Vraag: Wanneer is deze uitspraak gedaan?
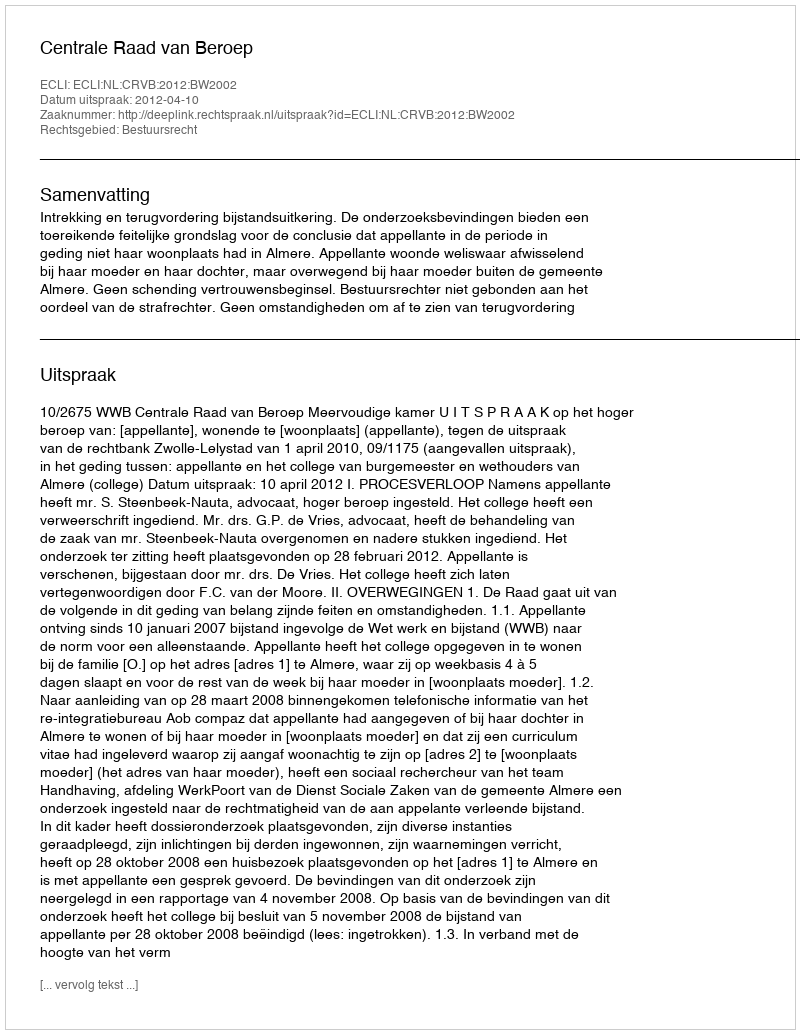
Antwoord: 2012-04-10